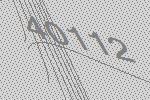
40112